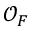
{ \mathcal { O } } _ { F }